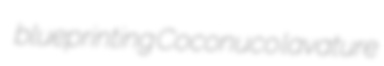
blueprinting Coconuco lavature